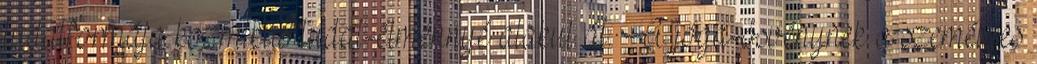
tudatformája kozmikus tudat-élménnyé alakul át. A jóga-ösvénynek a személyes